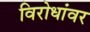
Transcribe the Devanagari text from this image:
विरोधांवर